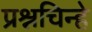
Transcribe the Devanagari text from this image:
प्रश्नचिन्हे